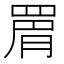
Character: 𮊉